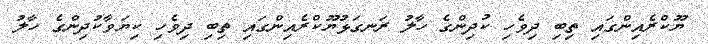
ޔޫކްރެއިންގަައި ތިބި ދިވެހި ކުދިންގެ ހާލު ރަނގަޅުޔޫކްރެއިންގައި ތިބި ދިވެހި ކިޔަވާކުދިންގެ ހާލު